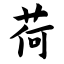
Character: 荷